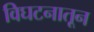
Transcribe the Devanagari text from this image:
विघटनातून